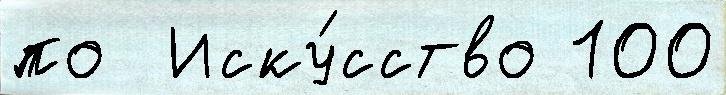
по  Иску́сство 100